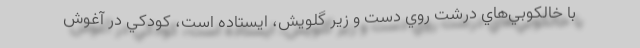
با خالكوبي‌هاي درشت روي دست و زير گلويش، ايستاده است، كودكي در آغوش